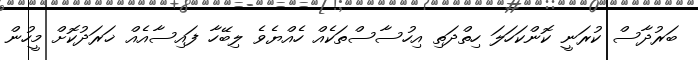
ބަރުދާސް ކުރަނީ ކޮންކަހަލަ ހިތްދަތި އިހުސާސްތަކެއް ހެއްޔެވެ ލިބޭހާ ފައިސާއެއް ޚަރަދުކޮށް މީހުން